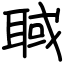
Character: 聝